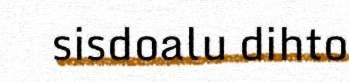
sisdoalu dihto